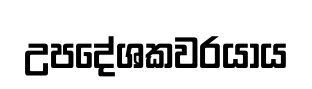
උපදේශකවරයාය